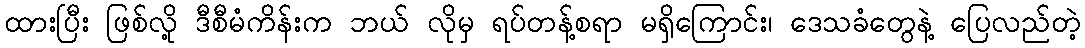
ထားပြီး ဖြစ်လို့ ဒီစီမံကိန်းက ဘယ် လိုမှ ရပ်တန့်စရာ မရှိကြောင်း၊ ဒေသခံတွေနဲ့ ပြေလည်တဲ့